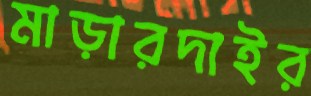
মাড়ারদাইর